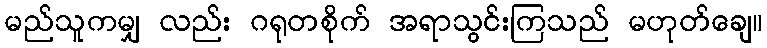
မည်သူကမျှ လည်း ဂရုတစိုက် အရာသွင်းကြသည် မဟုတ်ချေ။